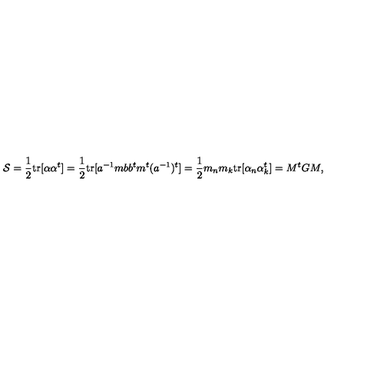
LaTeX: { \cal S } = { \frac { 1 } { 2 } } \mathrm { t r } [ \alpha \alpha ^ { t } ] = { \frac { 1 } { 2 } } \mathrm { t r } [ a ^ { - 1 } m b b ^ { t } m ^ { t } ( a ^ { - 1 } ) ^ { t } ] = { \frac { 1 } { 2 } } m _ { n } m _ { k } \mathrm { t r } [ \alpha _ { n } \alpha _ { k } ^ { t } ] = M ^ { t } G M ,